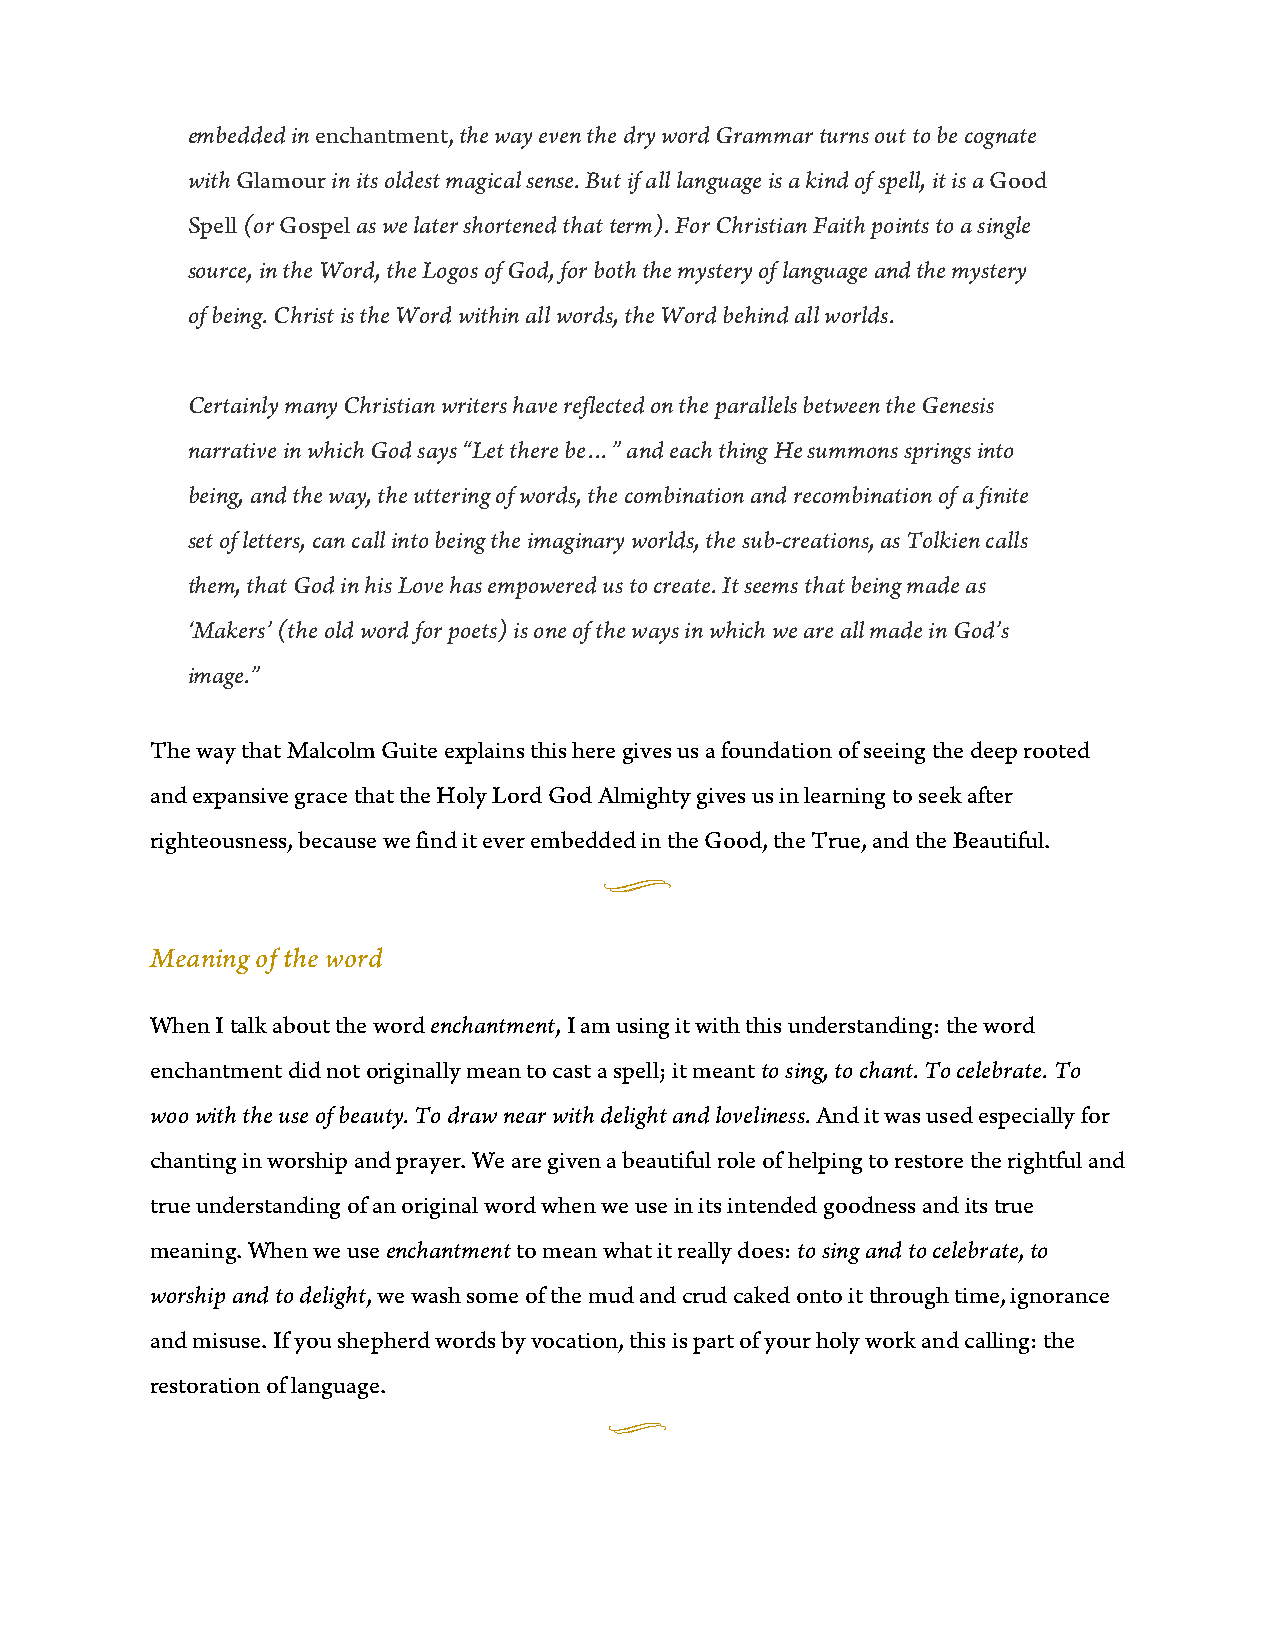
embedded in enchantment, the way even the dry word Grammar turns out to be cognate
 with Glamour in its oldest magical sense. But if all language is a kind of spell, it is a Good
 Spell (or Gospel as we later shortened that term). For Christian Faith points to a single
 source, in the Word, the Logos of God, for both the mystery of language and the mystery
 of being. Christ is the Word within all words, the Word behind all worlds.
 Certainly many Christian writers have reflected on the parallels between the Genesis
 narrative in which God says “Let there be…” and each thing He summons springs into
 being, and the way, the uttering of words, the combination and recombination of a finite
 set of letters, can call into being the imaginary worlds, the sub-creations, as Tolkien calls
 them, that God in his Love has empowered us to create. It seems that being made as
 ‘Makers’ (the old word for poets) is one of the ways in which we are all made in God’s
 image.”
 The way that Malcolm Guite explains this here gives us a foundation of seeing the deep rooted
 and expansive grace that the Holy Lord God Almighty gives us in learning to seek after
 righteousness, because we find it ever embedded in the Good, the True, and the Beautiful.
 u
 Meaning of the word
 When I talk about the word enchantment, I am using it with this understanding: the word
 enchantment did not originally mean to cast a spell; it meant to sing, to chant. To celebrate. To
 woo with the use of beauty. To draw near with delight and loveliness. And it was used especially for
 chanting in worship and prayer. We are given a beautiful role of helping to restore the rightful and
 true understanding of an original word when we use in its intended goodness and its true
 meaning. When we use enchantment to mean what it really does: to sing and to celebrate, to
 worship and to delight, we wash some of the mud and crud caked onto it through time, ignorance
 and misuse. If you shepherd words by vocation, this is part of your holy work and calling: the
 restoration of language.
 u